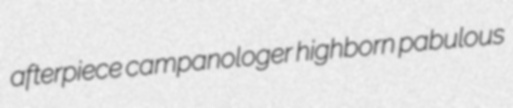
afterpiece campanologer highborn pabulous